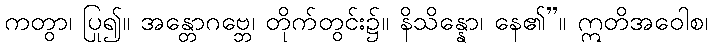
ကတွာ၊ ပြု၍။ အန္တောဂဗ္ဘေ၊ တိုက်တွင်း၌။ နိသိန္နော၊ နေ၏”။ ဣတိအဝေါစ၊